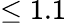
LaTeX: \leq 1.1